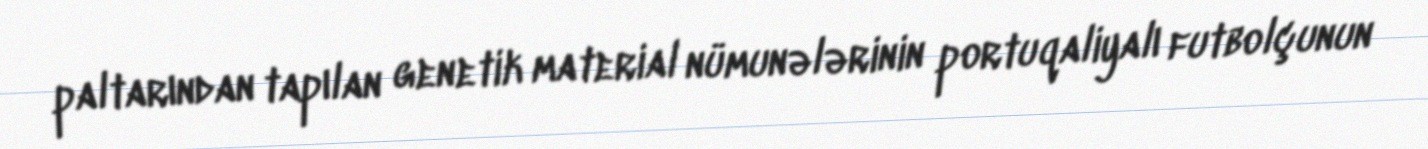
paltarından tapılan genetik material nümunələrinin portuqaliyalı futbolçunun